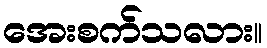
အေးစက်သလား။